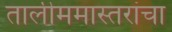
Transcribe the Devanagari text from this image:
तालीममास्तरांचा